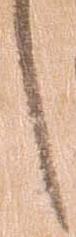
し